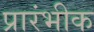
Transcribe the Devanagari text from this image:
प्रारंभीक